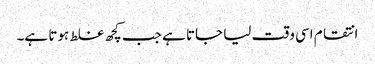
انتقام اسی وقت لیا جاتا ہے جب کچھ غلط ہوتا ہے۔